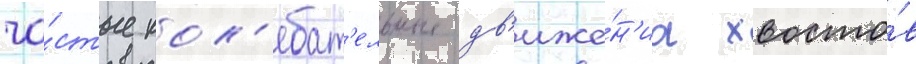
ча́стые кол'ебат'ельные дв'иже́н'иа хвосто́в